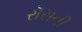
રૉસની